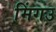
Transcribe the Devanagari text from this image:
मिंगउ